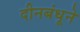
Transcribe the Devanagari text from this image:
दीनबंधूने